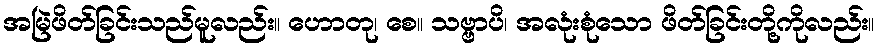
အမြဲဖိတ်ခြင်းသည်မူလည်း။ ဟောတု၊ စေ။ သဗ္ဗာပိ၊ အလုံးစုံသော ဖိတ်ခြင်းတို့ကိုလည်း။